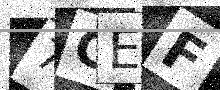
Text: 7GEF